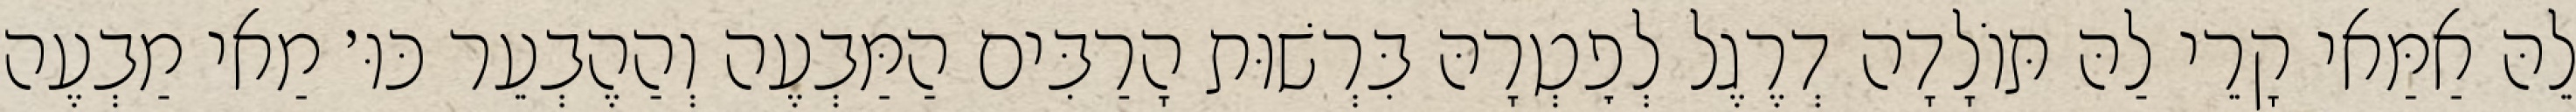
לֵהּ אַמַּאי קָרֵי לַהּ תּוֹלָדָה דְרֶגֶל לְפׇטְרָהּ בִּרְשׁוּת הָרַבִּים הַמַּבְעֶה וְהַהֶבְעֵר כּוּ׳ מַאי מַבְעֶה